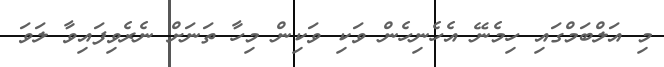
މި އަލްބަމްގައި ހިމެނޭ އެހެނިހެން ވަކި ވަކިން މިހާ ތަނަށް ނެރެވިފައިވާ ލަވަ